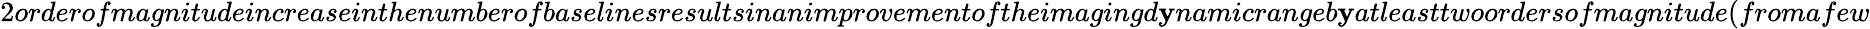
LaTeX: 2orderofmagnitudeincreaseinthenumberofbaselinesresultsinanimprovementoftheimagingd\mathbf{y}namicrangeb\mathbf{y}atleasttwoordersofmagnitude(fromafew